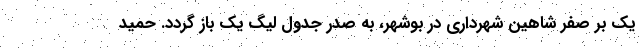
یک بر صفر شاهین شهرداری در بوشهر، به صدر جدول لیگ یک باز گردد. حمید